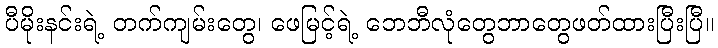
ပီမိုးနင်းရဲ့ တက်ကျမ်းတွေ၊ ဖေမြင့်ရဲ့ ဘေဘီလုံတွေဘာတွေဖတ်ထားပြီးပြီ။